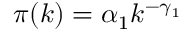
\pi ( k ) = \alpha _ { 1 } k ^ { - \gamma _ { 1 } }